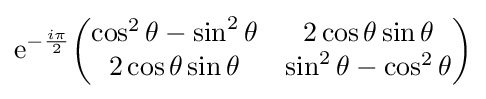
{\rm {e}}^{-{\frac {i\pi }{2}}}{\begin{pmatrix}\cos ^{2}\theta -\sin ^{2}\theta &2\cos \theta \sin \theta \\2\cos \theta \sin \theta &\sin ^{2}\theta -\cos ^{2}\theta \end{pmatrix}}